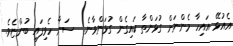
އެއުޅޭ އައިހާ މެންނަށް ގުޅަންތާ ކައިގެން ގުޅަންވާނެ..  ސަނާ ހެވިފައި ބުންޏެވެ.